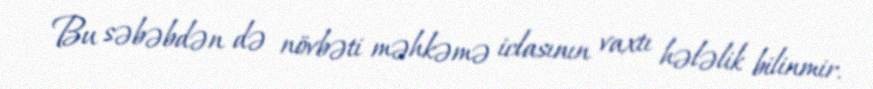
Bu səbəbdən də növbəti məhkəmə iclasının vaxtı hələlik bilinmir.